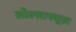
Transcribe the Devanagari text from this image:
लोल्लापलूज़ा